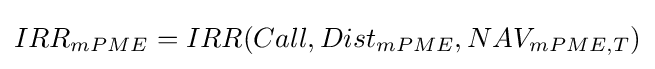
IRR_{mPME}=IRR(Call,Dist_{mPME},NAV_{mPME,T})